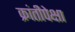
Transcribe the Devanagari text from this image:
क्रांतीपेक्षा